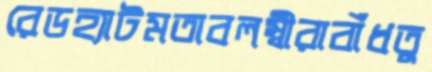
রেডহ্যাটমতাবলম্বীরাবাঁধতু